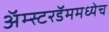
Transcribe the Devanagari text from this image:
अॅम्स्टरडॅममध्येच